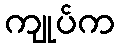
ကျုပ်က